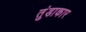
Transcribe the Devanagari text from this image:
तुंडाकार